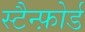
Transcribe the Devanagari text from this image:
स्टैन्फ़ोर्ड